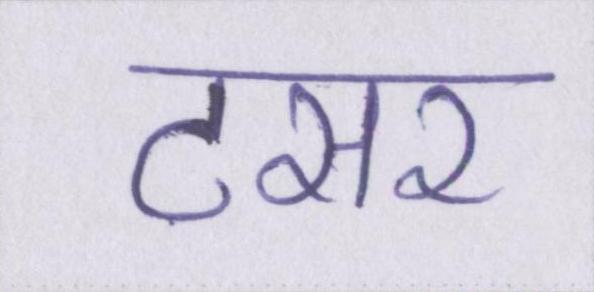
टसर